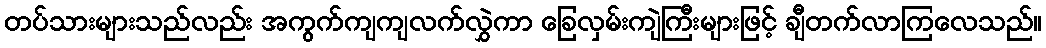
တပ်သားများသည်လည်း အကွက်ကျကျလက်လွှဲကာ ခြေလှမ်းကျဲကြီးများဖြင့် ချီတက်လာကြလေသည်။